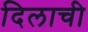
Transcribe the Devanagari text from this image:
दिलाची